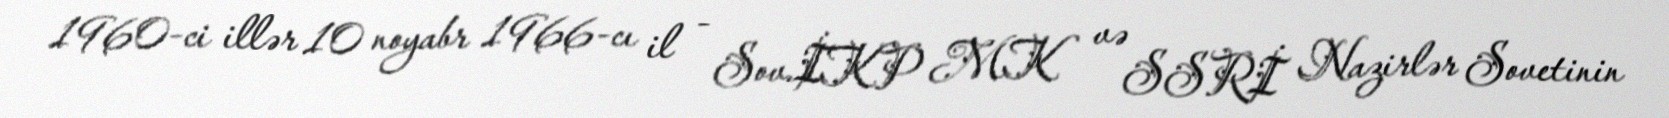
1960-ci illər 10 noyabr 1966-cı il - Sov.İKP MK və SSRİ Nazirlər Sovetinin